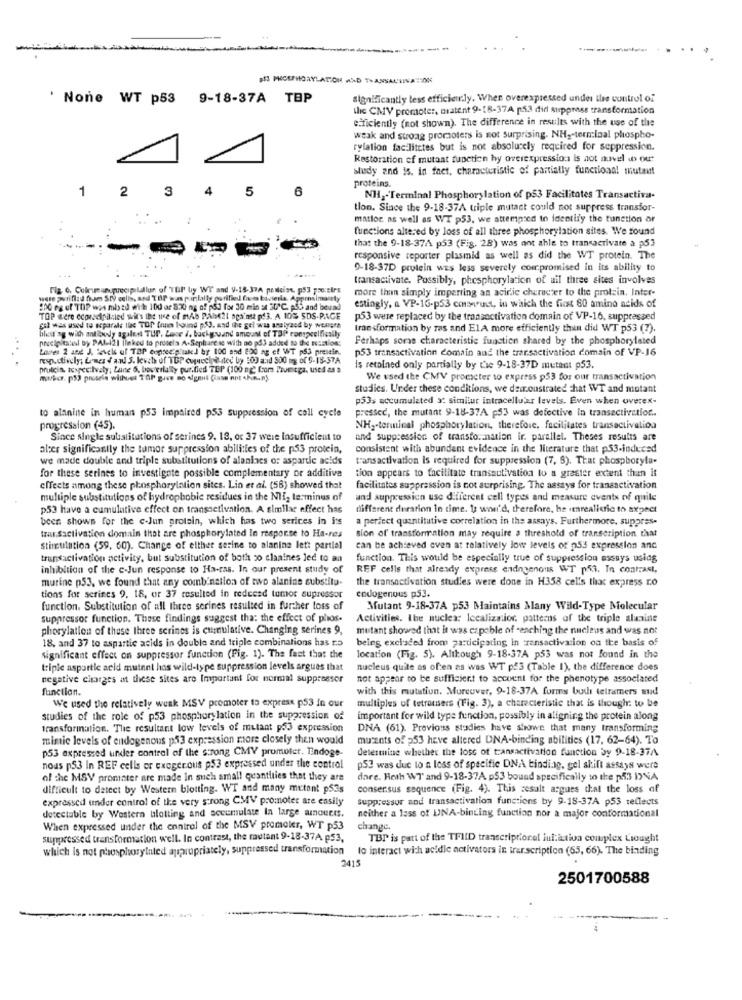
$53 PHOSPHORYLATION AND THANSALIIVA :SON
' None WT p53 9-18-37A TBP
significantly less efficiently. When overexpressed under the control of
the CMV promoter, mratent 9-18-37A p53 did Auppress transformation
efficiently (not shown). The difference in results with the use of the
weak and suoag promoters is not surprising. NH ,- terminal phospho-
rylation facilitetes but is not absolutely required for suppression.
Restoration of mutant function hy overexpression is not nowvel io ou
study and is. in fact, characteristic of partially functional mutant
proteins.
1
2
3
4
5
6
NH2-'Terminal Phosphorylation of ps3 Facilitates Transactiva-
tlon. Since the 9-18-37A triple mutant could not suppress transfor-
matloc as well as WT p53, we attempted to identify the tunetion or
functions altered by loss of all three phosphorylation sites. We found
that the 9-18-37A p53 (Fig. 28) was ant able to transacrivare a p53
responsive reporter plasmid as well as did the WT protein. The
9-18-37D protein wEs less severely compromised in its ability to
transactivate. Possibly, phosphorylation of uil three sites involves
Fla 6, Colrumun precipitallun of TUI by WY and
more than simply imperting an acidic cheracter to the protein. Inter-
wste poriflad fram Sty cells, and TIP was por;lally purified five bisela, Approxim
estingly, a VP-16-p53 consuct, in which the first 80 amino acids of
200 ra uf TOP wos mb sd with 100 ar 8:30 ng of p&J for 30 min st 30 ℃. p55 and tx
TOP were cconscipildled weil's ibe 18 of mAb PA21 against pf3. A 10% SDS-PAGE
p53 were replaced by the tronsactivation domain of VP-16, suppressed
blest ag with atedy agilent TUR. Luce /. backg.vand amount of TSP romspecifically
gal was used to acparale the TOP fruis bound p.S), and the gel was analyzed by wesigra
transformation by ras and ElA more efficiently thun did WT p53 (7).
precipitatel by PAI-121 linked to prosela A-Sepharese with no på3 added to the Nuation:
Perhaps some characteristic function shared by the phosphorylated
...
Lares 2 and J. Patek uf TOP conseep laked by 100 and 800 ng et WT pS3 preisin.
p53 transactivation domain and the transactivation domain of VP-16
pruicin, tospecilvaly; Lane 6, boverially pur.fied TEP (100 ng" from Trumega, used as a
Is retained only partially by tie 9-18-37D mutant p53.
We used the CMV procscter to express p53 for our transactivation
studies. Under these conditions, we demonstrated that WT and mutant
p53s accumulated a: similur intracellular levels. Even when overex-
pressed, the mutant 9-18-37A p53 was defective In transactivation ..
to alanine in human p53 impaired p53 suppression of cell cycle
progression (45).
NH2-terminal phosphorylation, therefore, facilitates transactivation
Since single substitutions of serines 9. 18, or 37 were insufficient to
and suppression of transfo .. nation ir. parallel. Theses results are
alper significantly the tumor suppression abilities of the p53 protein,
consistent with abundant evidence in the literature that p53-induced
we made double and triple substitutions of alanincs or aspartie acids
transactivation is required for suppression (7, 9). That phosphoryla-
for these serines to investigate possible complementary or additive
tion appears to facilitate transactivation to a grefter extent than it
effects among these phosphorylation sites. Lin et al. (58) showed that
facilitates suppression is not surprising. The assays for transactivation
multiple substitutions of hydrophobic residues in the Ni2 terminus of
and suppression use different cell types and measure events of quile
p53 have a cumulative effect on transactivation. A similar effect has
different durarion In time. 1: wwwi'd, therefore, he ienrealistic to axpect
been shown for the c-Jun protein, which has two serices in i's
a perfect quantitative correlation in the assays. Furthermore, suppres-
trar.Sactivation domain that are phosphorylated in response to Ha-res
sion of' transformation may require a threshold of transcription that
Stimulation (59. 60). Change of either serine to alanine lett partiel
can be achieved even at relatively low levels of p53 expression and
transactivation activity, but substitution of both so claaines led to an
function. This would be especially true of suppression assays using
inhibition of the c-Jun response to Ha-ras. In our present study of
REF cells that already express endogenous WT phi. In contrast,
murine p53. we found that any combination of two alanine substitu-
the transactivation studies were done in H358 cells that express ro
tions for serines 9, 18, or 37 resulted in redeced tumor supressor
endogenous p53.
function. Substitution of all three serines resulted in further loss of
Mutant 9-18-37A p53 Maintains Many Wild-Type Molecular
suppressor function. These findings suggest that the effect of phos-
Activities. the nuclea: localization. patterns of the triple alanine
pherylation of these three scrines is cumulative. Changing serines 9,
mutant showed that it was capable of -enching the nucleus and was not
18, and 37 to aspartie acids in double and triple combinations has no
being excluded from participating in ransactivation on the basis of
significant effect on suppressor function (Fig. 1). The fact that the
location (Fig. 5). Although 9-18-37A p53 was not found in the
triple asportic acid mutant has wild-type suppression levels argues that
nucleus quite as often as was WT p.3 (Table 1), the difference does
negative charges at these sites are Important for normal suppressor
not appear to be sufficient to account for the phenotype associated
function.
with this mutation. Moreover, 9-18-37A forms bull tetramers sud
We used the relatively weak MSV promoter to express p53 in our
multiples of tetromsers (Fig. 3), a characteristic that is though: to be
studies of the role of p53 phosphorylation in the suppression of
important for wild type function, possibly in aligning the protein along
transformation. The resultant low levels of mutant p53 expression
DNA (61). Previous studies have showe that many transforming
mimic levels of endogenous p53 expression more closely then would
mucents of p53 heve altered DNA-binding abilities (17, 62-64). To
p53 expressed under control of the strong CMV promoter. Undoge.
determine whether the loss of transactivation function by 9-18-374
nous p53 In REF cells or exogenous p53 expressed under the control
p53 was due to a loss of specific DNA binding. gel shift assays were
of the MSV promater are made In such small quantities that they are
dare. Heth W7' and 9-18-37A p53 bound specifically so the p533 INA
difficult to detect by Western blotting. WT and many mutant p53s
conser.sus sequence (Fig. 4). This zesalt argues that the loss of
expressed under control of the very strong CMV promoter are easily
Suppressor and transactivation functions by 9.18-37A p53 reflects
detectable by Western blotting and accumulate In large aunoucts.
neither a lass of UNA-binding function nor a major conformational
When expressed under the control of the MSV promoter, WT p53
change.
suppressed transformation well. In contrast, the rautant 9-18-37A p53,
TBP is part of the TFIID transcriptionel jui:itiva complex Liought
which is not phosphoryinted appropriately, suppressed transformation
lo interact with acidle activators in transcription (65, 66). The binding
2415
2501700588